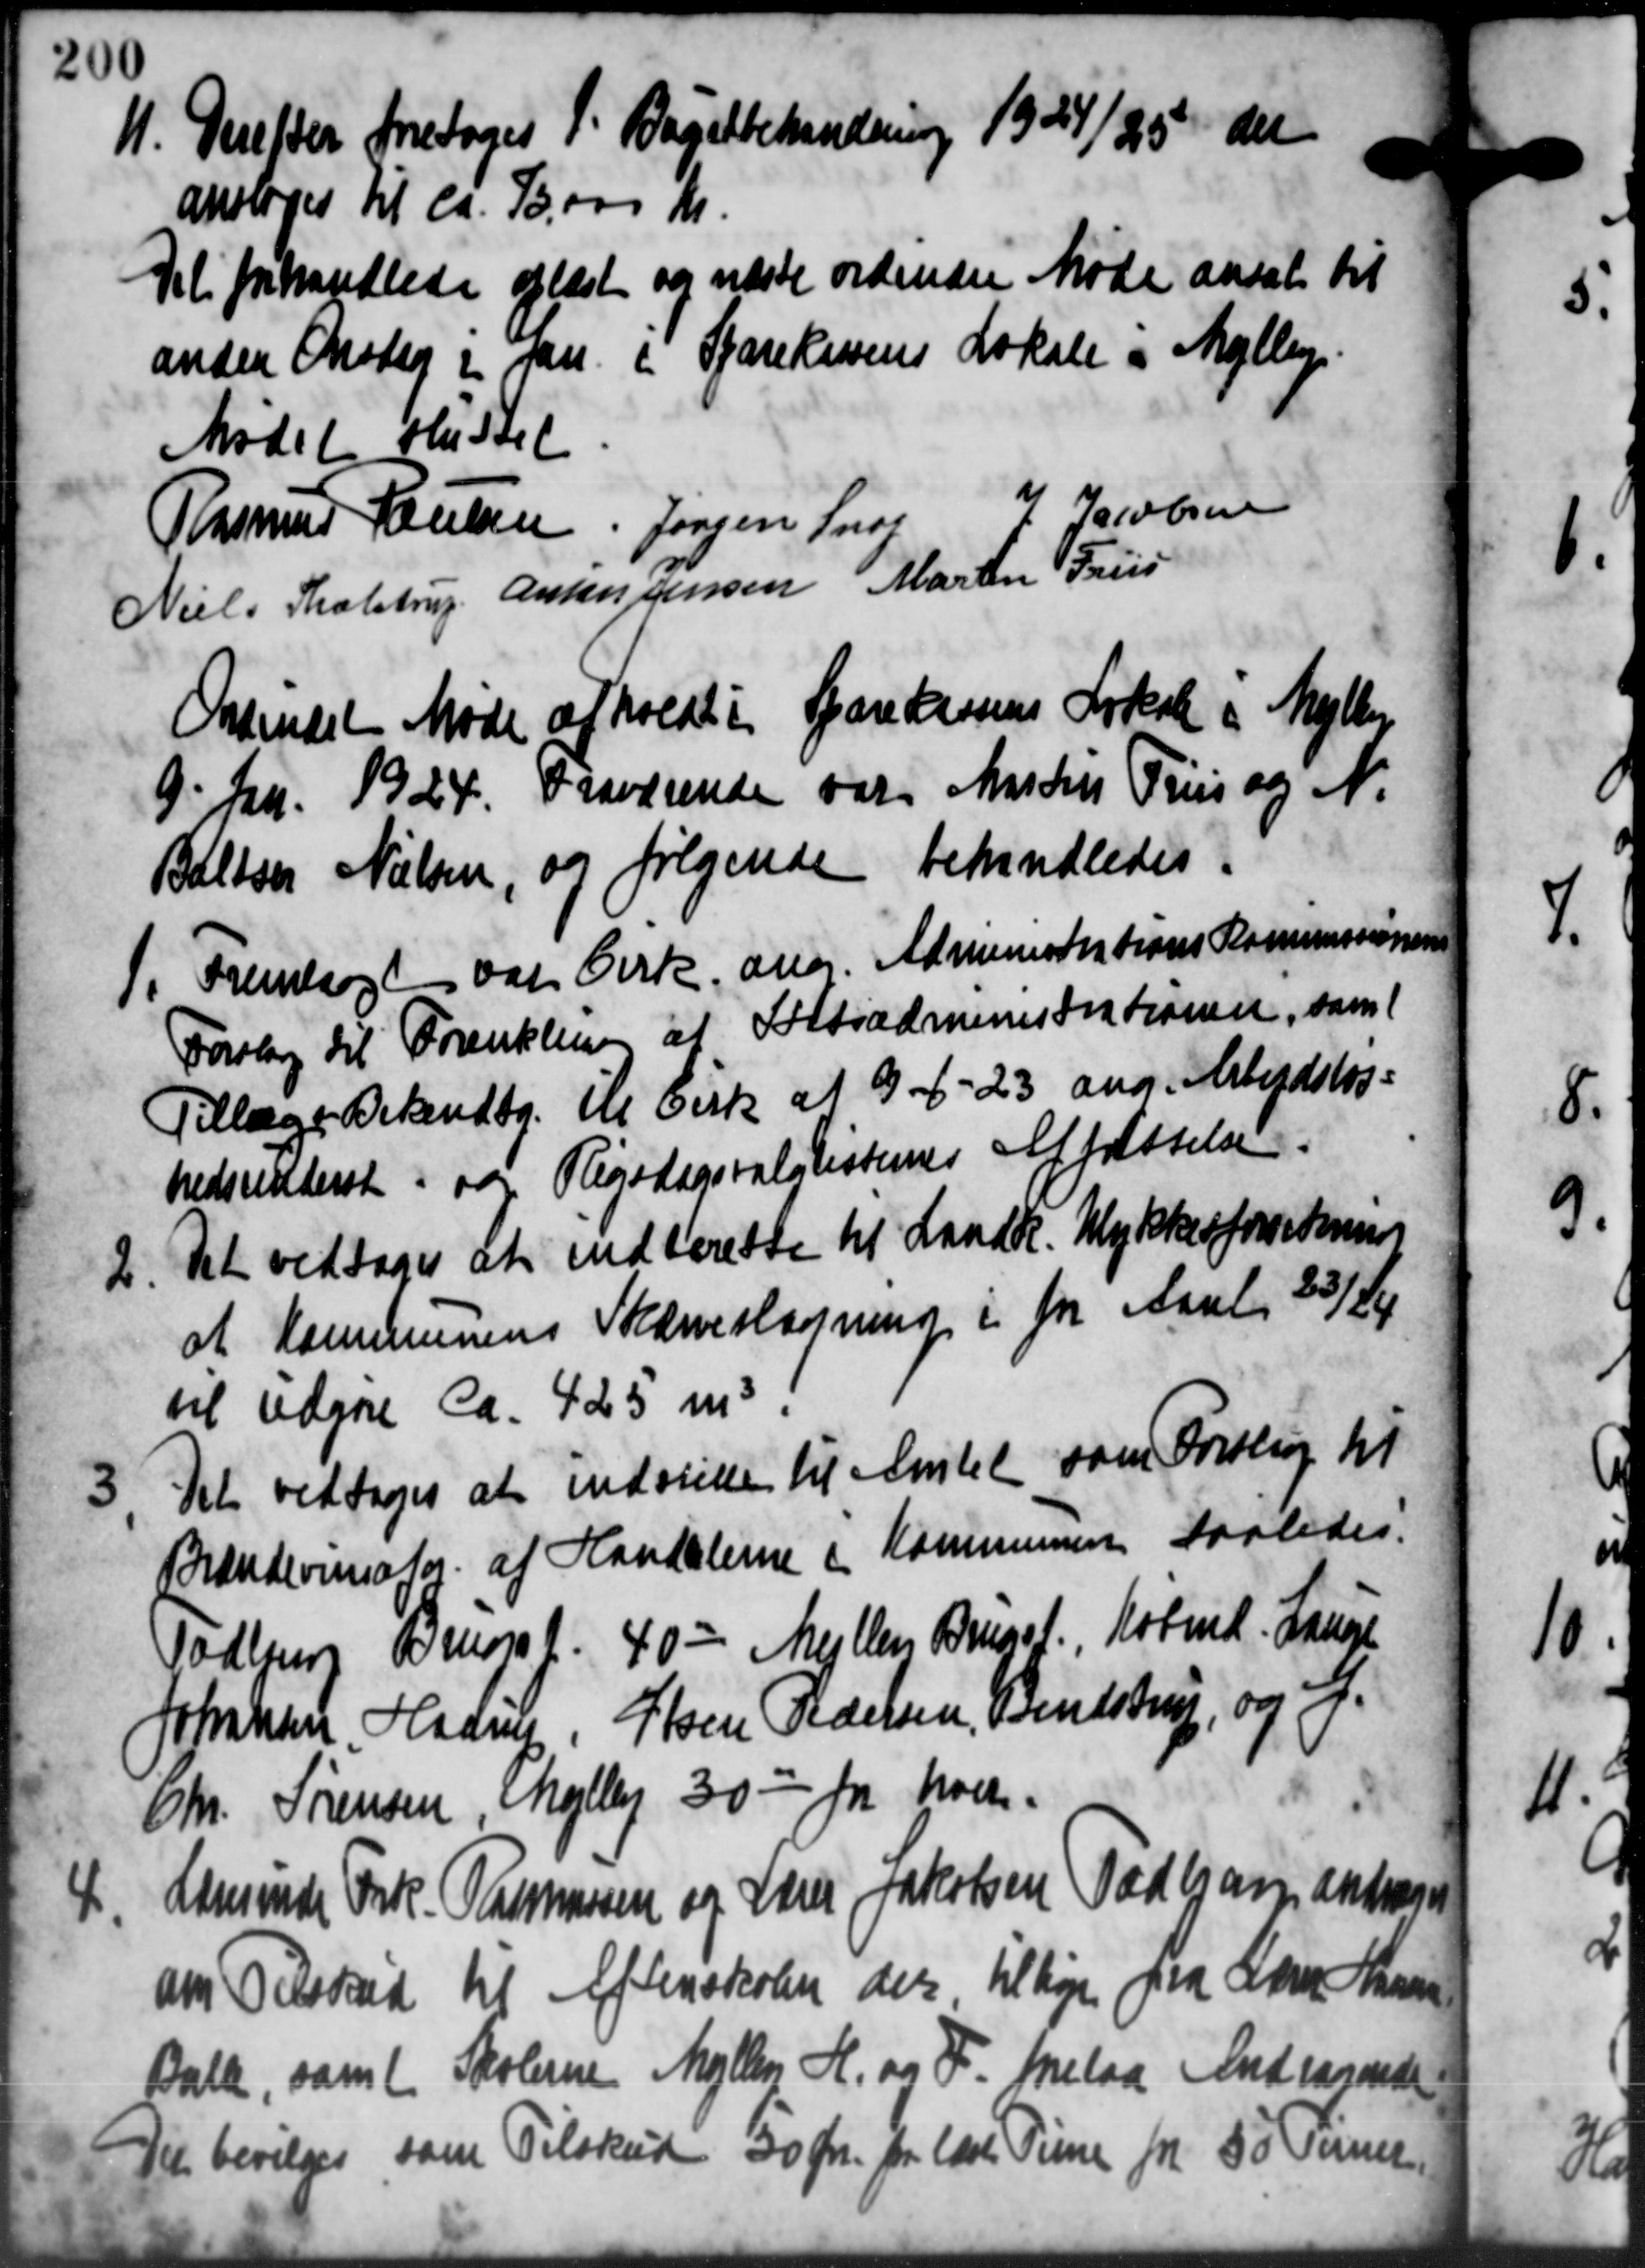
Transskription:
1. Derefter foretoges P. Bagetbehandling 1924/25, der
1. Derefter foretoges P. Bagetbehandling 1924/25, der
ansloges til ca. 15.000 Kr.
Det forhandlede oplæst og næste ordinære Møde ansat til
anden Onsdag i Jan i Sparekassens Lokale i Mejlby.
Mødet sluttet.
Jacobsen
Rasmus Poulsen, Jørgen Snog
Niels Trolstrup Anton Jensen Martin Friis
Orkindet Møde afholdt i Sparekassens Lokale og Mejlby
9. Jan. 1924. Fraværende vare Martius Friis og N.
Bællser Nielsen, og følgende behandledes
1. Fremlagt var Cirk. ang. Administrations Kommissionen
1. Fremlagt var Cirk. ang. Administrations Kommissionen
Forslag til Forenkling af Fattiadministrationen, samt
Tillægs Bekendtg. ele Cirk af 9-6-23 ang. Arbejdsløs-
nedsunderst i og Rigsdagsvalglisternes Afførstelse.
2. Det vedtoges at indberette til Landk. Ulykkesforretning
2. Det vedtoges at indberette til Landk. Ulykkesforretning
at Kommunens Skærveslagning i for Aaret 25/26
til udgøre ca. 425 m3 i

Det vedtoges at indstille til Amtet som Forslag til
Brændevemator af Handelerne i Kommunen saaledes.
Tadburg Brugsf. 40 - Mellen Brugsf., Købmd. Lange
Johansen, Haarup, Søren Pedersen, Svendstrup, og J.
Chr. Sørensen, Mejlby 30 - for hver.
4
Lærerinde Frk. Rasmusen og Lærer Jakobsen Todbjerg andrage
om Tilskud til Aftenskolen der tilbøje fra Aare Skovs
Balle, samt Skolerne Mejlby H. og F. forelaa Andragende
Det bevilges som Tilskud 30 Øre fra læste Time fra 50 Timer